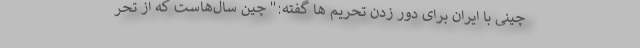
چینی با ایران برای دور زدن تحریم ها گفته:" چین سال‌هاست که از تحر